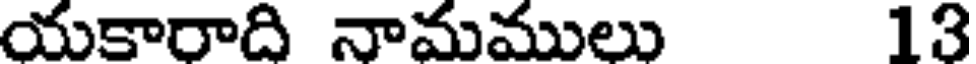
యకారాది నామములు 13